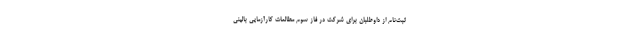
ثبت‌نام از داوطلبان برای شرکت در فاز سوم مطالعات کارآزمایی بالینی